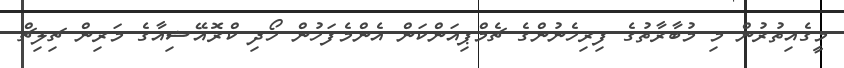
މީގެއިތުރުން މި މުބާރާތުގެ ފިރިހެނުންގެ ޗެމްޕިއަންކަން އެންމެފަހުން ހޯދި ކްރޮއޭޝިއާގެ މަރިން ޗިލިޗް